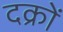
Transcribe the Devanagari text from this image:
दक्रों